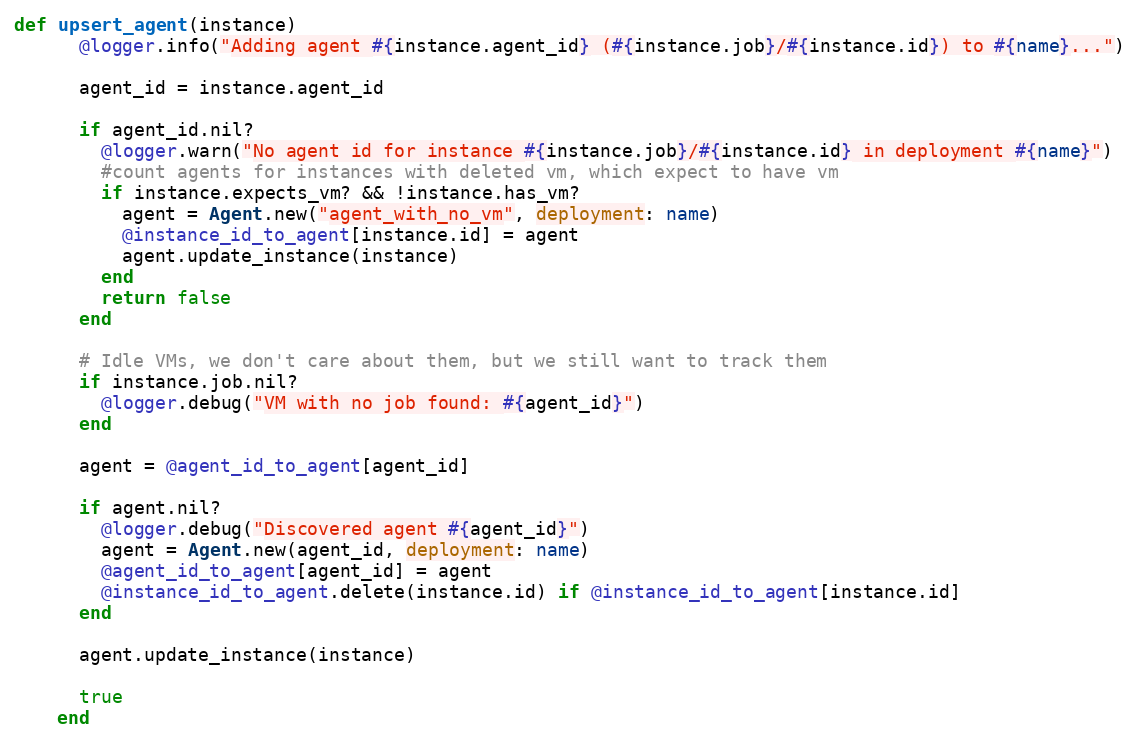
Language: Ruby
def upsert_agent(instance)
      @logger.info("Adding agent #{instance.agent_id} (#{instance.job}/#{instance.id}) to #{name}...")

      agent_id = instance.agent_id

      if agent_id.nil?
        @logger.warn("No agent id for instance #{instance.job}/#{instance.id} in deployment #{name}")
        #count agents for instances with deleted vm, which expect to have vm
        if instance.expects_vm? && !instance.has_vm?
          agent = Agent.new("agent_with_no_vm", deployment: name)
          @instance_id_to_agent[instance.id] = agent
          agent.update_instance(instance)
        end
        return false
      end

      # Idle VMs, we don't care about them, but we still want to track them
      if instance.job.nil?
        @logger.debug("VM with no job found: #{agent_id}")
      end

      agent = @agent_id_to_agent[agent_id]

      if agent.nil?
        @logger.debug("Discovered agent #{agent_id}")
        agent = Agent.new(agent_id, deployment: name)
        @agent_id_to_agent[agent_id] = agent
        @instance_id_to_agent.delete(instance.id) if @instance_id_to_agent[instance.id]
      end

      agent.update_instance(instance)

      true
    end